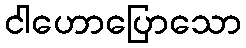
ငါဟောပြောသော